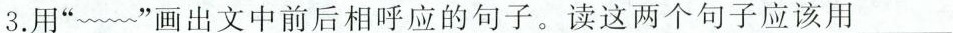
3.用“～～～～”画出稳重前后相呼应的句子。读这两个句子应该用